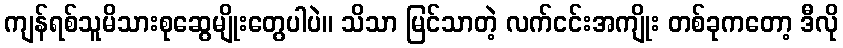
ကျန်ရစ်သူမိသားစုဆွေမျိုးတွေပါပဲ။ သိသာ မြင်သာတဲ့ လက်ငင်းအကျိုး တစ်ခုကတော့ ဒီလို